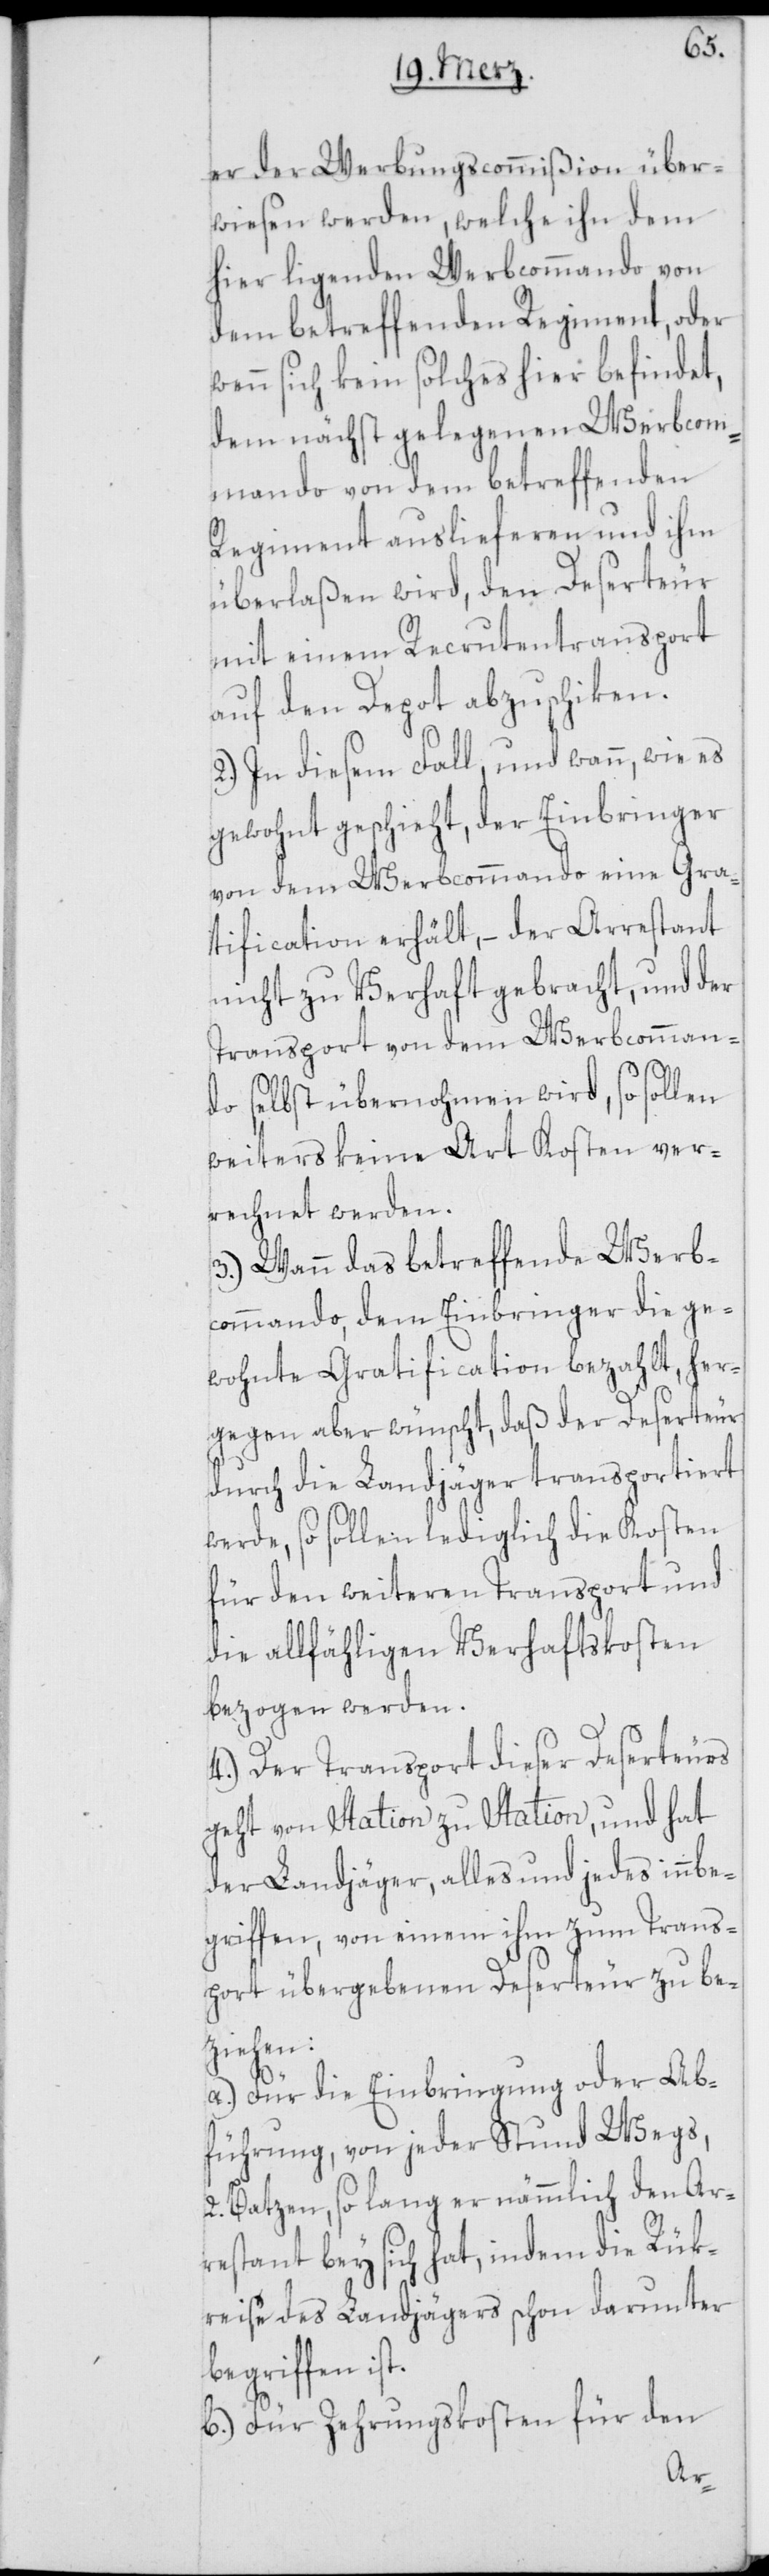
er der Werbungscommißion über¬
wiesen werden, welche ihn dem
hier ligenden Werbcommando von
dem betreffenden Regiment, oder
wenn sich kein solches hier befindet,
dem nächst gelegenen Werbcom¬
mando von dem betreffenden
Regiment auslieferen und ihm
überlaßen wird, den Deserteur
mit einem Recrutentransport
auf den Depot abzuschiken.
2.) In diesem Fall, und wann, wie es
gewohnt geschieht, der Einbringer
von dem Werbcommando eine Gra¬
tification erhält, – der Arrestant
nicht zu Verhaft gebracht, und der
Transport von dem Werbcomman¬
do selbst übernohmen wird, so sollen
weiters keine Art Kosten ver¬
rechnet werden.
3.) Wann das betreffende Werb¬
commando, dem Einbringer die ge¬
wohnte Gratification bezahlt, her¬
gegen aber wünscht, daß der Deserteur
durch die Landjäger transportiert
werde, so sollen lediglich die Kosten
für den weiteren Transport und
die allfähligen Verhaftskosten
bezogen werden.
4.) Der Transport dieser Deserteurs
geht von Station zu Station, und hat
der Landjäger, alles und jedes innbe¬
griffen, von einem ihm zum Trans¬
port übergebenen Deserteur zu be¬
ziehen:
a.) Für die Einbringung oder Ab¬
führung, von jeder Stund Wegs,
2. Batzen, so lang er nämmlich den Ar¬
restant bey sich hat, indem die Rük¬
reise des Landjägers schon darunter
begriffen ist.
b.) Für Zehrungskosten für den